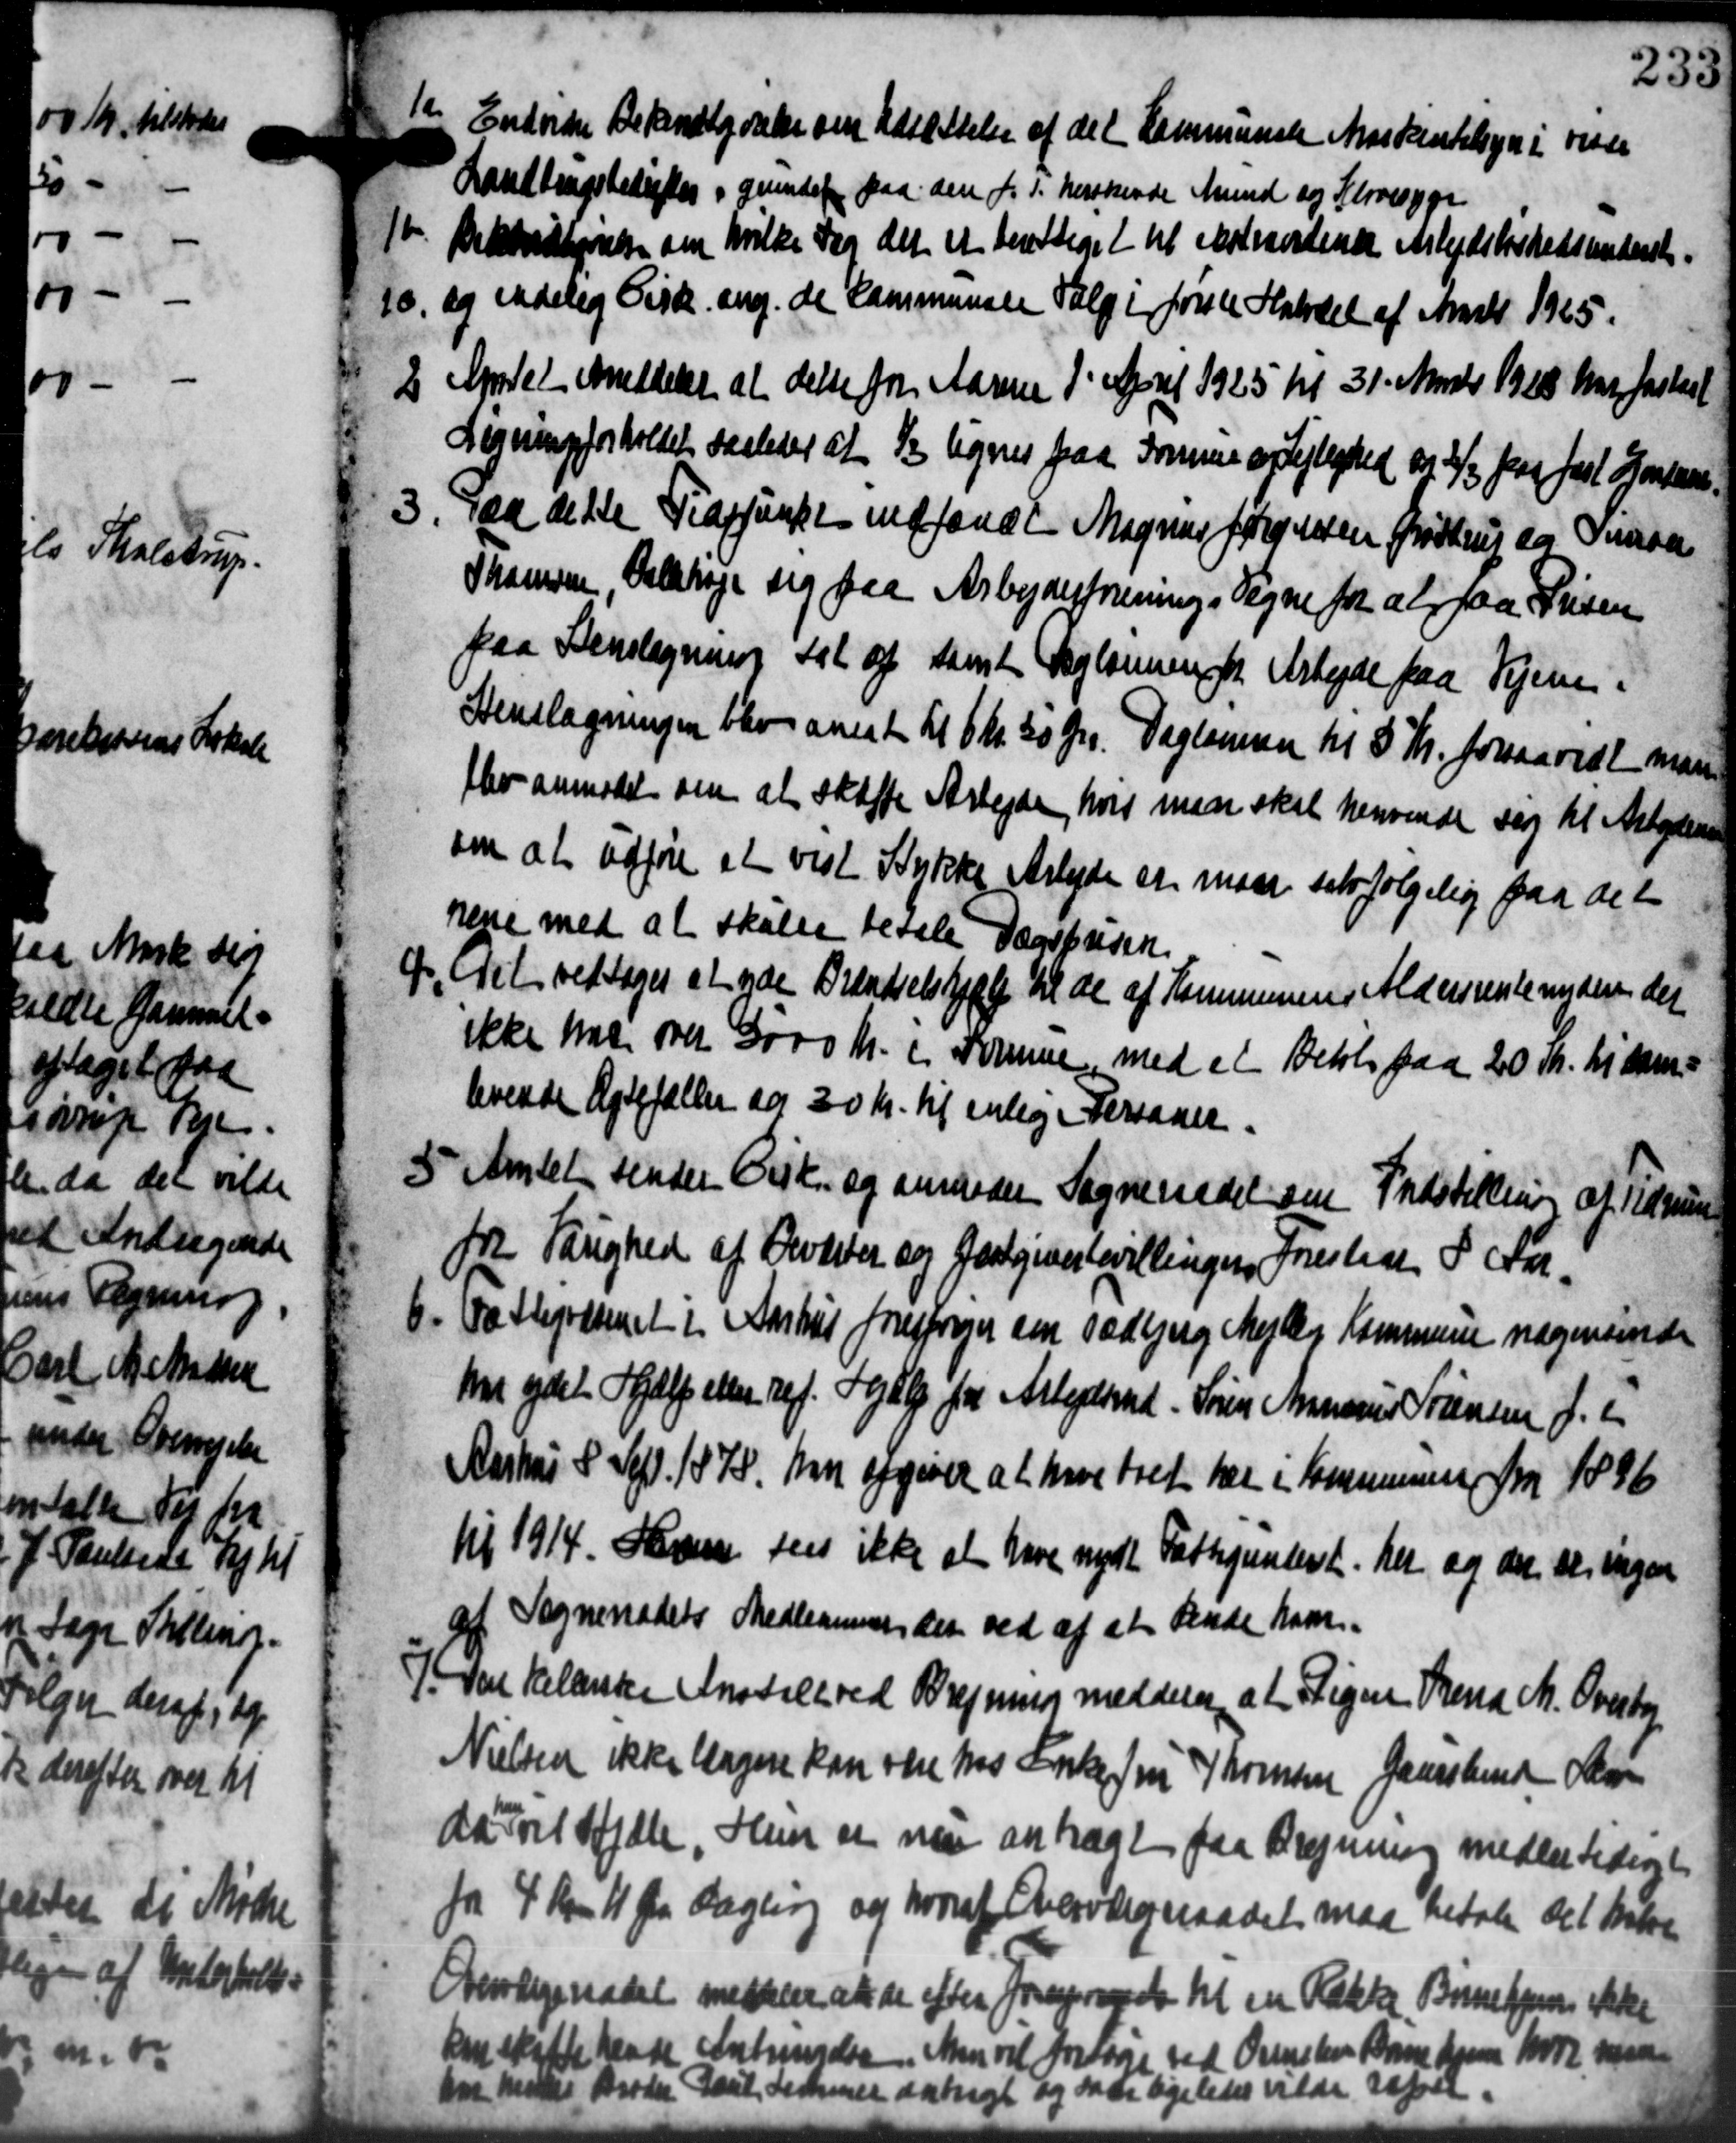
Transskription:
12
Endvider Bekendtgørelse om Udsættelse af det kommunale Maskintilsyn i visse
Landbrugsbetisker i grundet paa den f. T. herskende Mund og Klovesyge
1te Bekendtgørelse om hvilke dog det et berettiget til Skoleordene Arbejdsløshedsunderst.
1te Bekendtgørelse om hvilke dog det et berettiget til Skoleordene Arbejdsløshedsunderst.
10, og endelig Cirk. ang. de kommunale Valg i forske Halvdel af Marts 1925.
10, og endelig Cirk. ang. de kommunale Valg i forske Halvdel af Marts 1925.
2 April Meddeler at delte for Aarene 1' April 1925 til 31. Marts 1928 har fastsat
2 April Meddeler at delte for Aarene 1' April 1925 til 31. Marts 1928 har fastsat
Legning forholdet saaledes at de lignes paa Somme og Lejlighed og 2/3 paa fast Ejendene.
3. Paa dette Trappunkt indfandt Magnus Jørgensen Grøttrup for Omsaa
3. Paa dette Trappunkt indfandt Magnus Jørgensen Grøttrup for Omsaa
Thomsen, Salshøje sig paa Arbejderforenings Tegne for at faa Prisen
paa Benslagning sat af samt Daglønnen for Arbejde paa Vejen.
Stenslagningen blev ansat til 6 Kr. 30 Øre. Daglønnen til 8 Kr. forsaavidt man
blev anmodet om at skaffe Arbejde, hvis maan skal henvende sig til Arbejderen
om at udføre at vist Stykke Arbejde er maa selvfølgelig paa det
rene med at skalen betale Dagensen.

 Det vedtoges at yde Brændselshjælp til de af Kommunens Aldersrenteunder der
ikke har over 3000 Kr. i Formuen med et Beløb paa 20 Kr. til sam
levende Ægtefællen og 20 Kr. til enlig i Personer.
5 Amtet sender Cirk og anmoder Sogneraadet sin Indstilling af Tidsrum
5 Amtet sender Cirk og anmoder Sogneraadet sin Indstilling af Tidsrum
fra Sanghed af Overter og Gæstgiverbevillingen Forestede I Aar-
6. Fattepræsenet i Aarhus forespørger om Todbjerg Mejlby Kommune nogensinde
6. Fattepræsenet i Aarhus forespørger om Todbjerg Mejlby Kommune nogensinde
het ydet Hjælp eller ref. Fodby fra Arbejdsmand. Søren Annarius Sørensen f. e
Aarhus S. Sept. 1878, han afgiver at have tret her i Kommunen fra 1896
til 1914. Haven sen ikke at have nydt Fattigunderst. her og de seringen
af Sogneraadets Medlemmer der ved af at Rende ham.
7 Dal Kelænske Anstalt ved Bregning meddeler, at Pige Brend M. Overtag
7 Dal Kelænske Anstalt ved Bregning meddeler, at Pige Brend M. Overtag
Nielsen ikke længere kan være hos Forskefru Thomsen Gaarsbind Ra
da Falstjele. Hun er nu anbragt paa Bregning medlertident
for 4 Kr. 11 Øre Dagling og hvoraf Overværgeraadet maa betale det betre
Overlogeradet meddeler at de efter Forespørgelse til en Række Børnehjem ikke
denskatte hende Antagelse. Man vil fortage ved Ovensker Barnehjem 100 m
1 Broder Paul Femmer aarigt og saa ligeledes vilde sager.